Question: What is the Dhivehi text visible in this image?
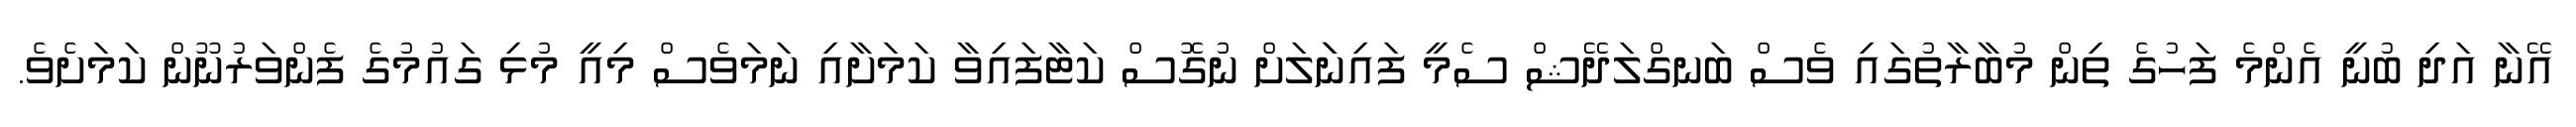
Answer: އޭނާ އަދި ބުނީ އެންމެ ފަހުގެ ތިން މުބާރާތުގައި ވެސް ބަނގްލަދޭޝް ސެމީ ފައިނަަލަށް ނުގޮސް ކަޓާފައިވާ ކަމަށާއި ނަމަވެސް މިއީ މުޅި ގައުމުގެ ފެންވަރުނޫން ކަމަށެވެ.